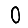
Digit: 0